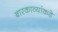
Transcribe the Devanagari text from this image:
बारकाव्यांकडे